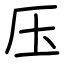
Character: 压